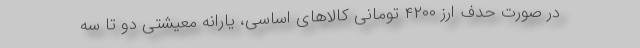
در صورت حدف ارز ۴۲۰۰ تومانی کالاهای اساسی، یارانه معیشتی دو تا سه